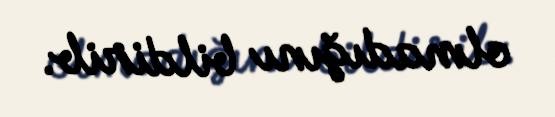
olmadığını bildirib.